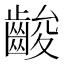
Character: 𪘑